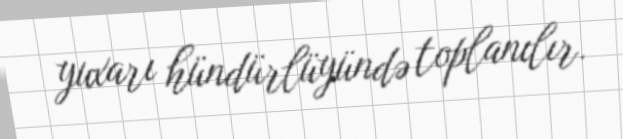
yuxarı hündürlüyündə toplanılır.